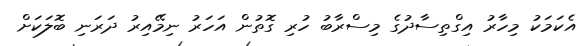
އެކަމަކު މިހާރު އިގްތިސާދުގެ މިސްރާބު ހުރި ގޮތުން އަހަރު ނިމޭއިރު ދަރަނި ބޮލަކަށް